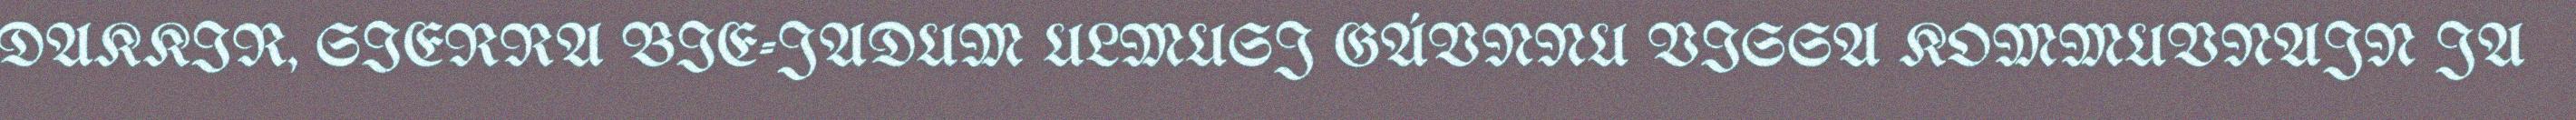
DAKKIR, SIERRA BIE-JADUM ULMUSJ GÁVNNU VISSA KOMMUVNAJN JA